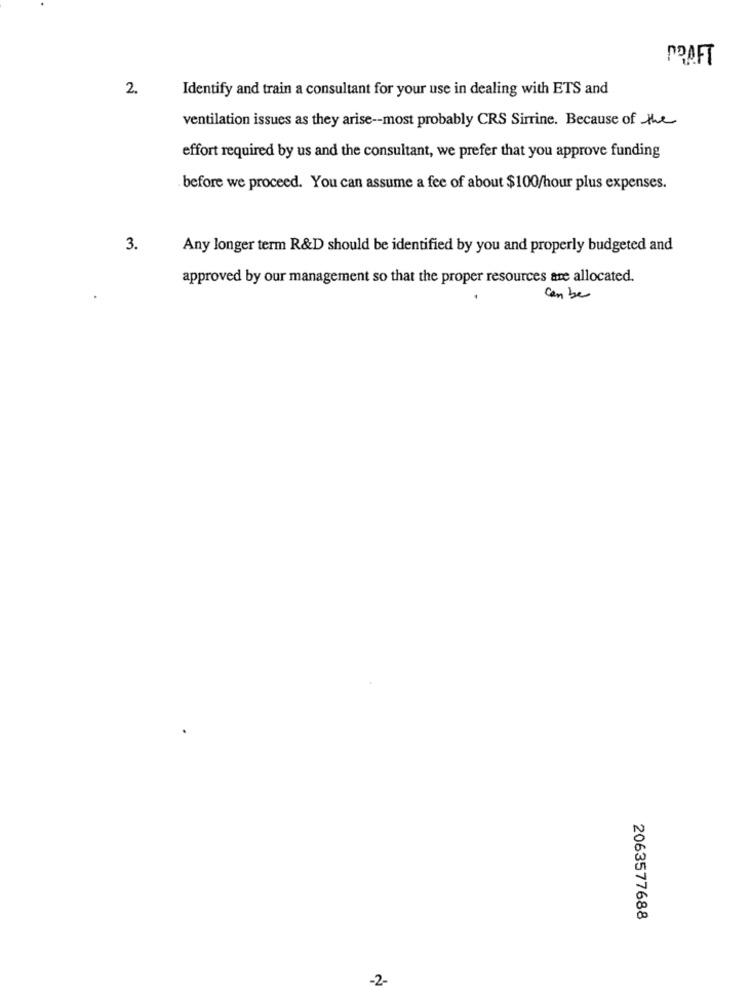
POAFT
2.
Identify and train a consultant for your use in dealing with ETS and
ventilation issues as they arise -- most probably CRS Sirrine. Because of the
effort required by us and the consultant, we prefer that you approve funding
before we proceed. You can assume a fee of about $100/hour plus expenses.
3.
Any longer term R&D should be identified by you and properly budgeted and
approved by our management so that the proper resources are allocated.
can be
2063577688
-2-